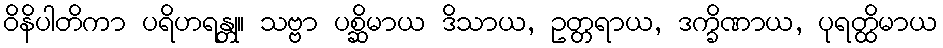
ဝိနိပါတိကာ ပရိဟရန္တု။ သဗ္ဗာ ပစ္ဆိမာယ ဒိသာယ, ဥတ္တရာယ, ဒက္ခိဏာယ, ပုရတ္ထိမာယ